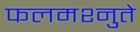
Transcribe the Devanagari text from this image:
फलमश्नुते